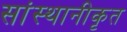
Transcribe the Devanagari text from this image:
सांस्थानीकृत